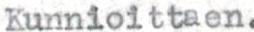
Kunnioittaen